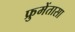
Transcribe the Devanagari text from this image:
फ्रुमेंतासा